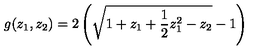
g ( z _ { 1 } , z _ { 2 } ) = 2 \left( \sqrt { 1 + z _ { 1 } + { \frac { 1 } { 2 } } z _ { 1 } ^ { 2 } - z _ { 2 } } - 1 \right)